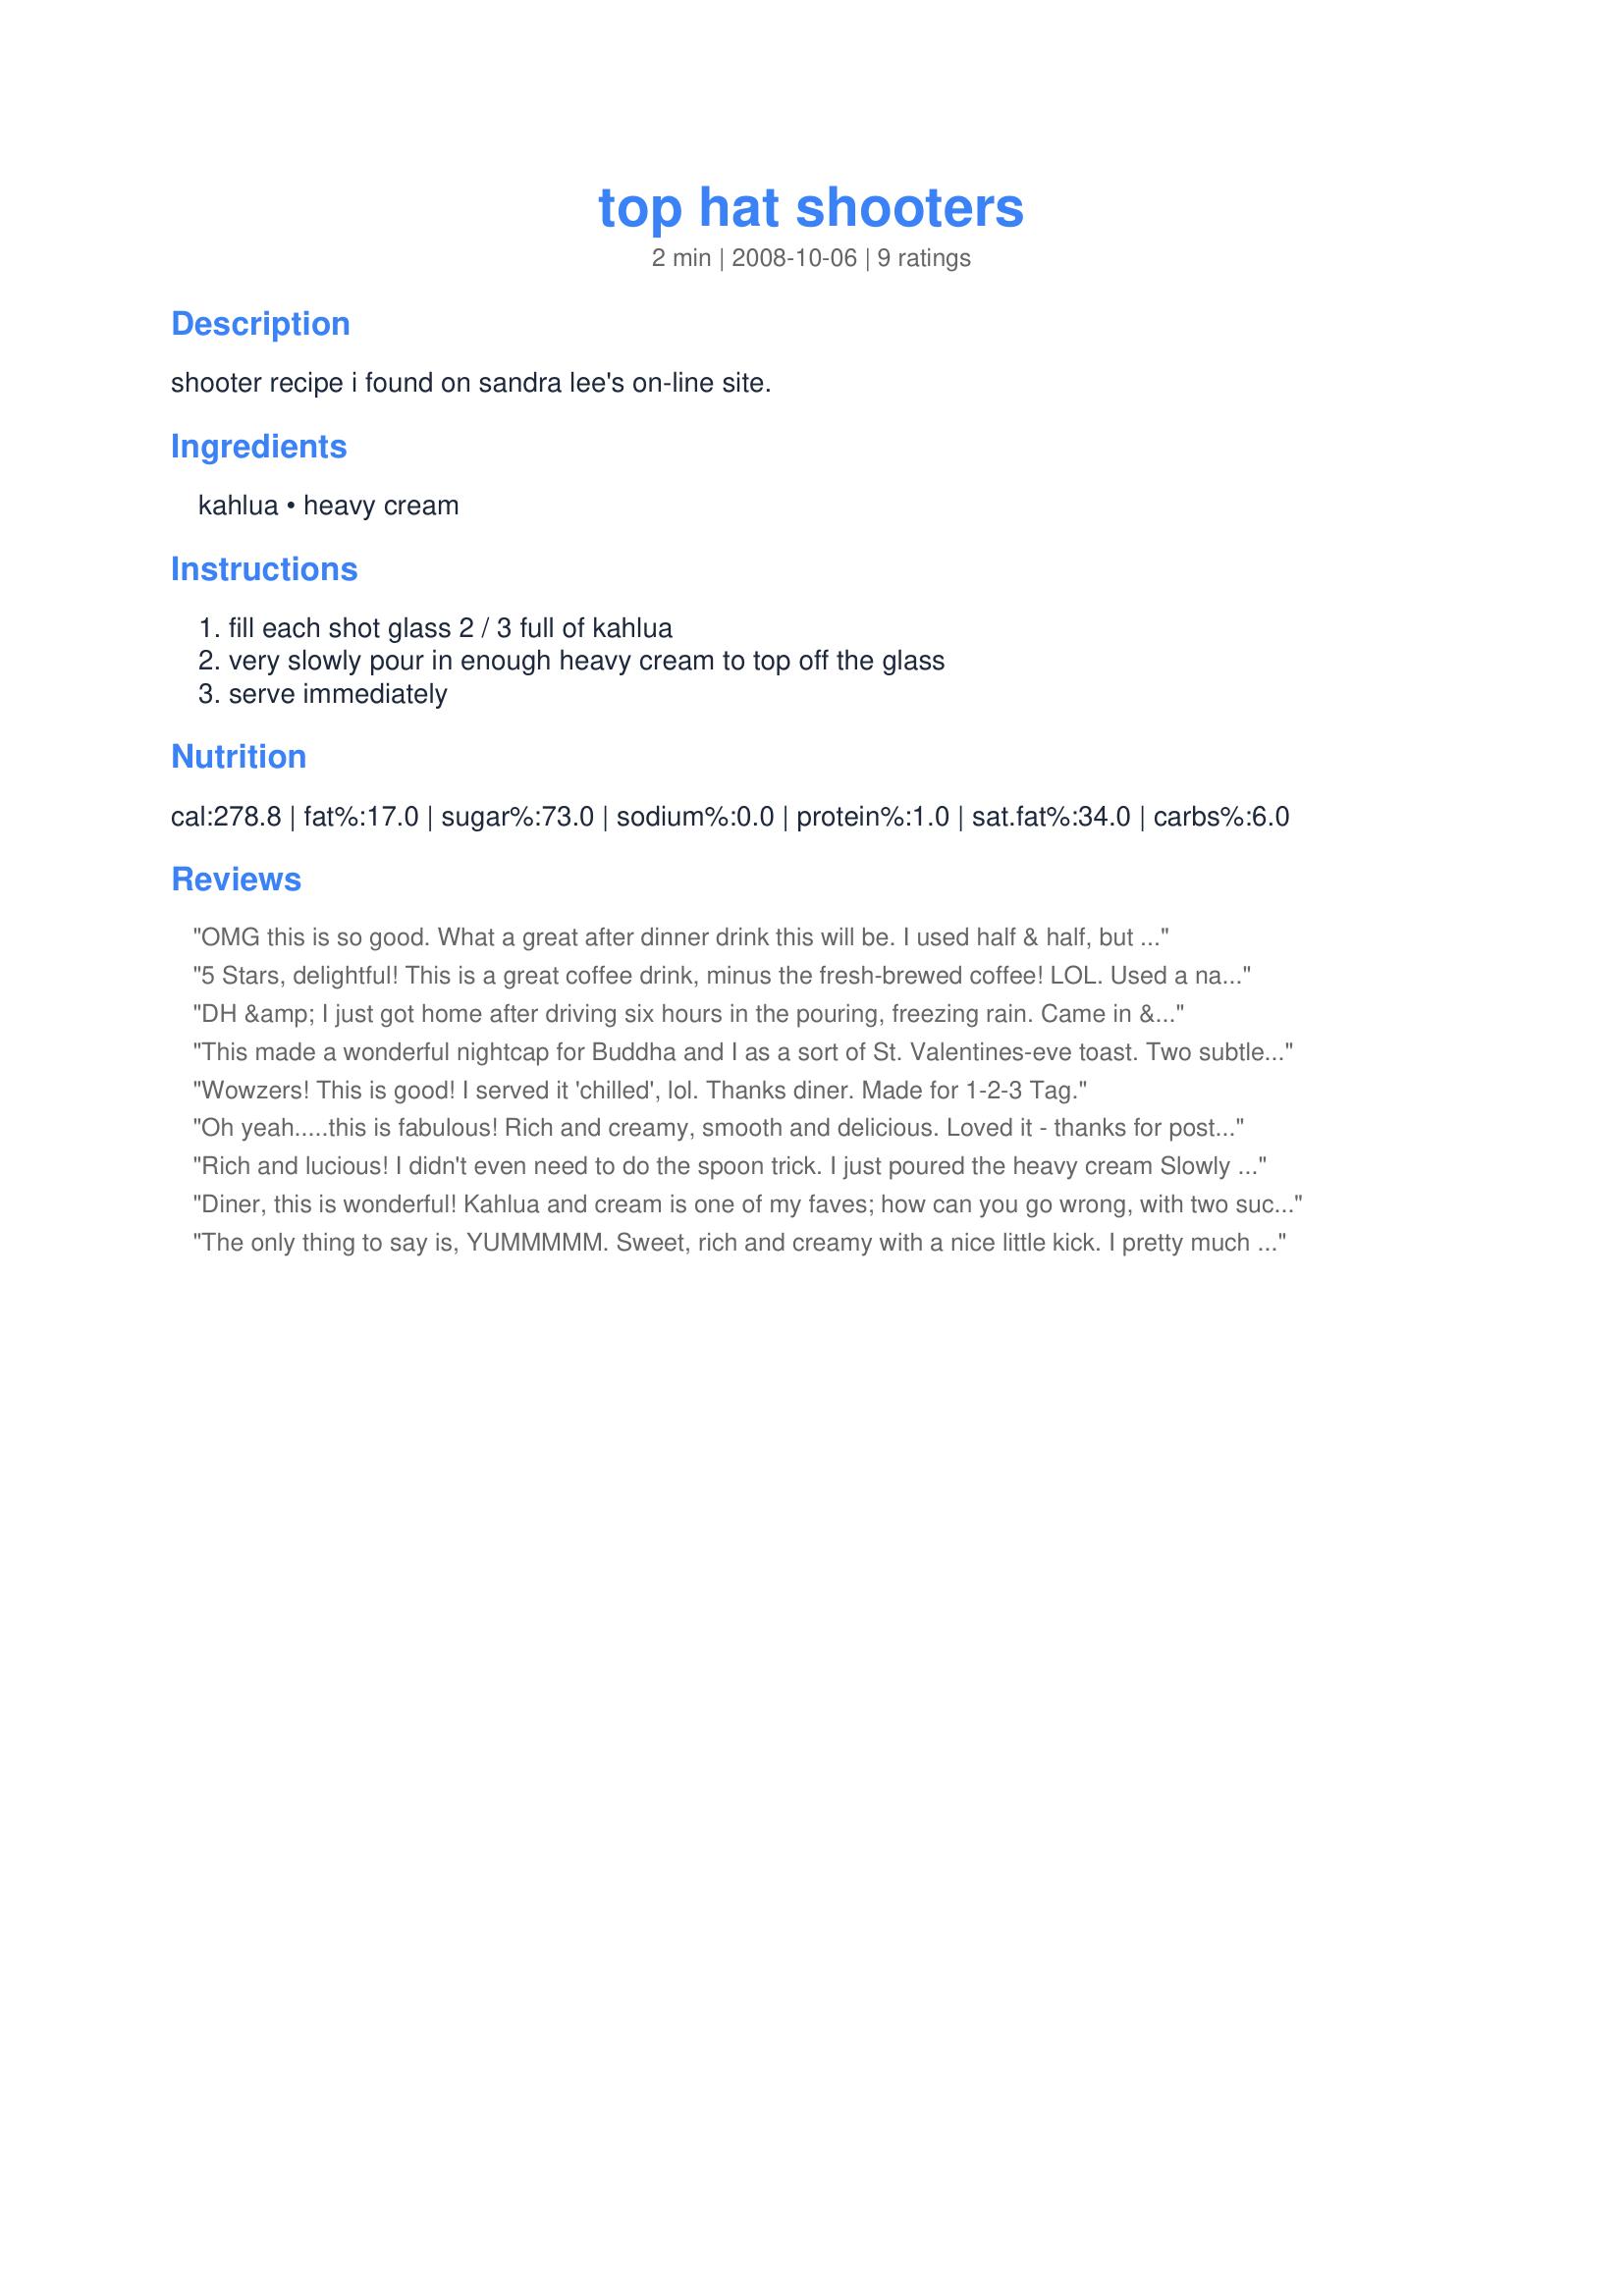
top hat shooters
Preparation time: 2 minutes

shooter recipe i found on sandra lee's on-line site.

Ingredients:
kahlua, heavy cream

Steps:
fill each shot glass 2 / 3 full of kahlua, very slowly pour in enough heavy cream to top off the glass, serve immediately

Reviews:
OMG this is so good. What a great after dinner drink this will be. I used half & half, but it was still rich and very much enjoyed. Thanks diner. Made for I Recommend Tag Game
5 Stars, delightful! This is a great coffee drink, minus the fresh-brewed coffee! LOL. Used a narrow-stemmed teaspoon to float the cream on top. My photo shows a regular wine glass. Somehow with Kahlua, you don't feel overpowered as you might with some after-dinner liqueurs. This tasted smooth. Yum! Thanks for posting. Made for Newest Zaar Tag.
DH &amp; I just got home after driving six hours in the pouring, freezing rain. Came in &amp; I decided we needed to sit down, chill &amp; try Diner&#039;s Recipe #329227. I&#039;m a genius! it was so good and perfect just to help us relax those tense muscles. So glad you won &amp; we got to try this recipe.
This made a wonderful nightcap for Buddha and I as a sort of St. Valentines-eve toast. Two subtlety opposing flavors, yet together as one, very smooth and comforting,.. like the 2Bleu that is us. Thanks for posting this wonderfully romantic drink recommended to us by Chef #724631.
Wowzers! This is good! I served it 'chilled', lol. Thanks diner. Made for 1-2-3 Tag.
Oh yeah.....this is fabulous! Rich and creamy, smooth and delicious. Loved it - thanks for posting the recipe!
Rich and lucious! I didn't even need to do the spoon trick. I just poured the heavy cream Slowly and Viola! Thank you so much diner! Made for Zaar Stars
Diner, this is wonderful! Kahlua and cream is one of my faves; how can you go wrong, with two such luscious tastes?! Perfect, as a nightcap, or an after-dinner drink, this will be enjoyed over and over! Thanks so much for sharing! (As an aside, after pouring kahlua, turn a spoon over, and dribble the cream over the back, into the liqueur; this will help to achieve the 'layered-look!)
The only thing to say is, YUMMMMM. Sweet, rich and creamy with a nice little kick. I pretty much used 1 ounce oh Kahlua to almost 2 ounces of cream (fat free plain coffee creamer). This was mainly because it's the very first time I have ever been able to float a layer and I just kept pouring! LOL. I loved the end result though. Made for Photo Tag.
